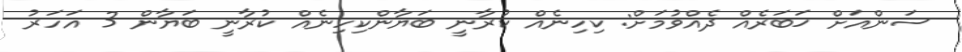
ސަންއަށް ޚަބަރެއް ދެއްވުމަށް: ކިހިނެއް ކުރާނީ ބަޔާންކިހިނެއް ކުރާނީ ބަޔާން 3 އަހަރު